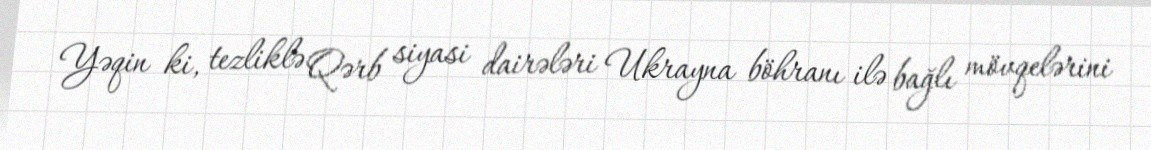
Yəqin ki, tezliklə Qərb siyasi dairələri Ukrayna böhranı ilə bağlı mövqelərini